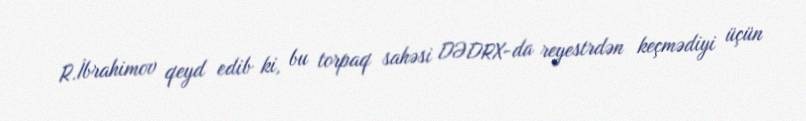
R.İbrahimov qeyd edib ki, bu torpaq sahəsi DƏDRX-da reyestrdən keçmədiyi üçün